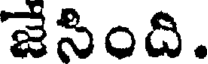
జేసింది.